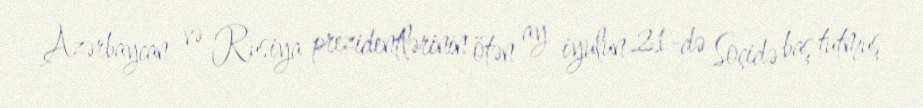
Azərbaycan və Rusiya prezidentlərinin ötən ay iyulun 21-də Soçidə baş tutmuş